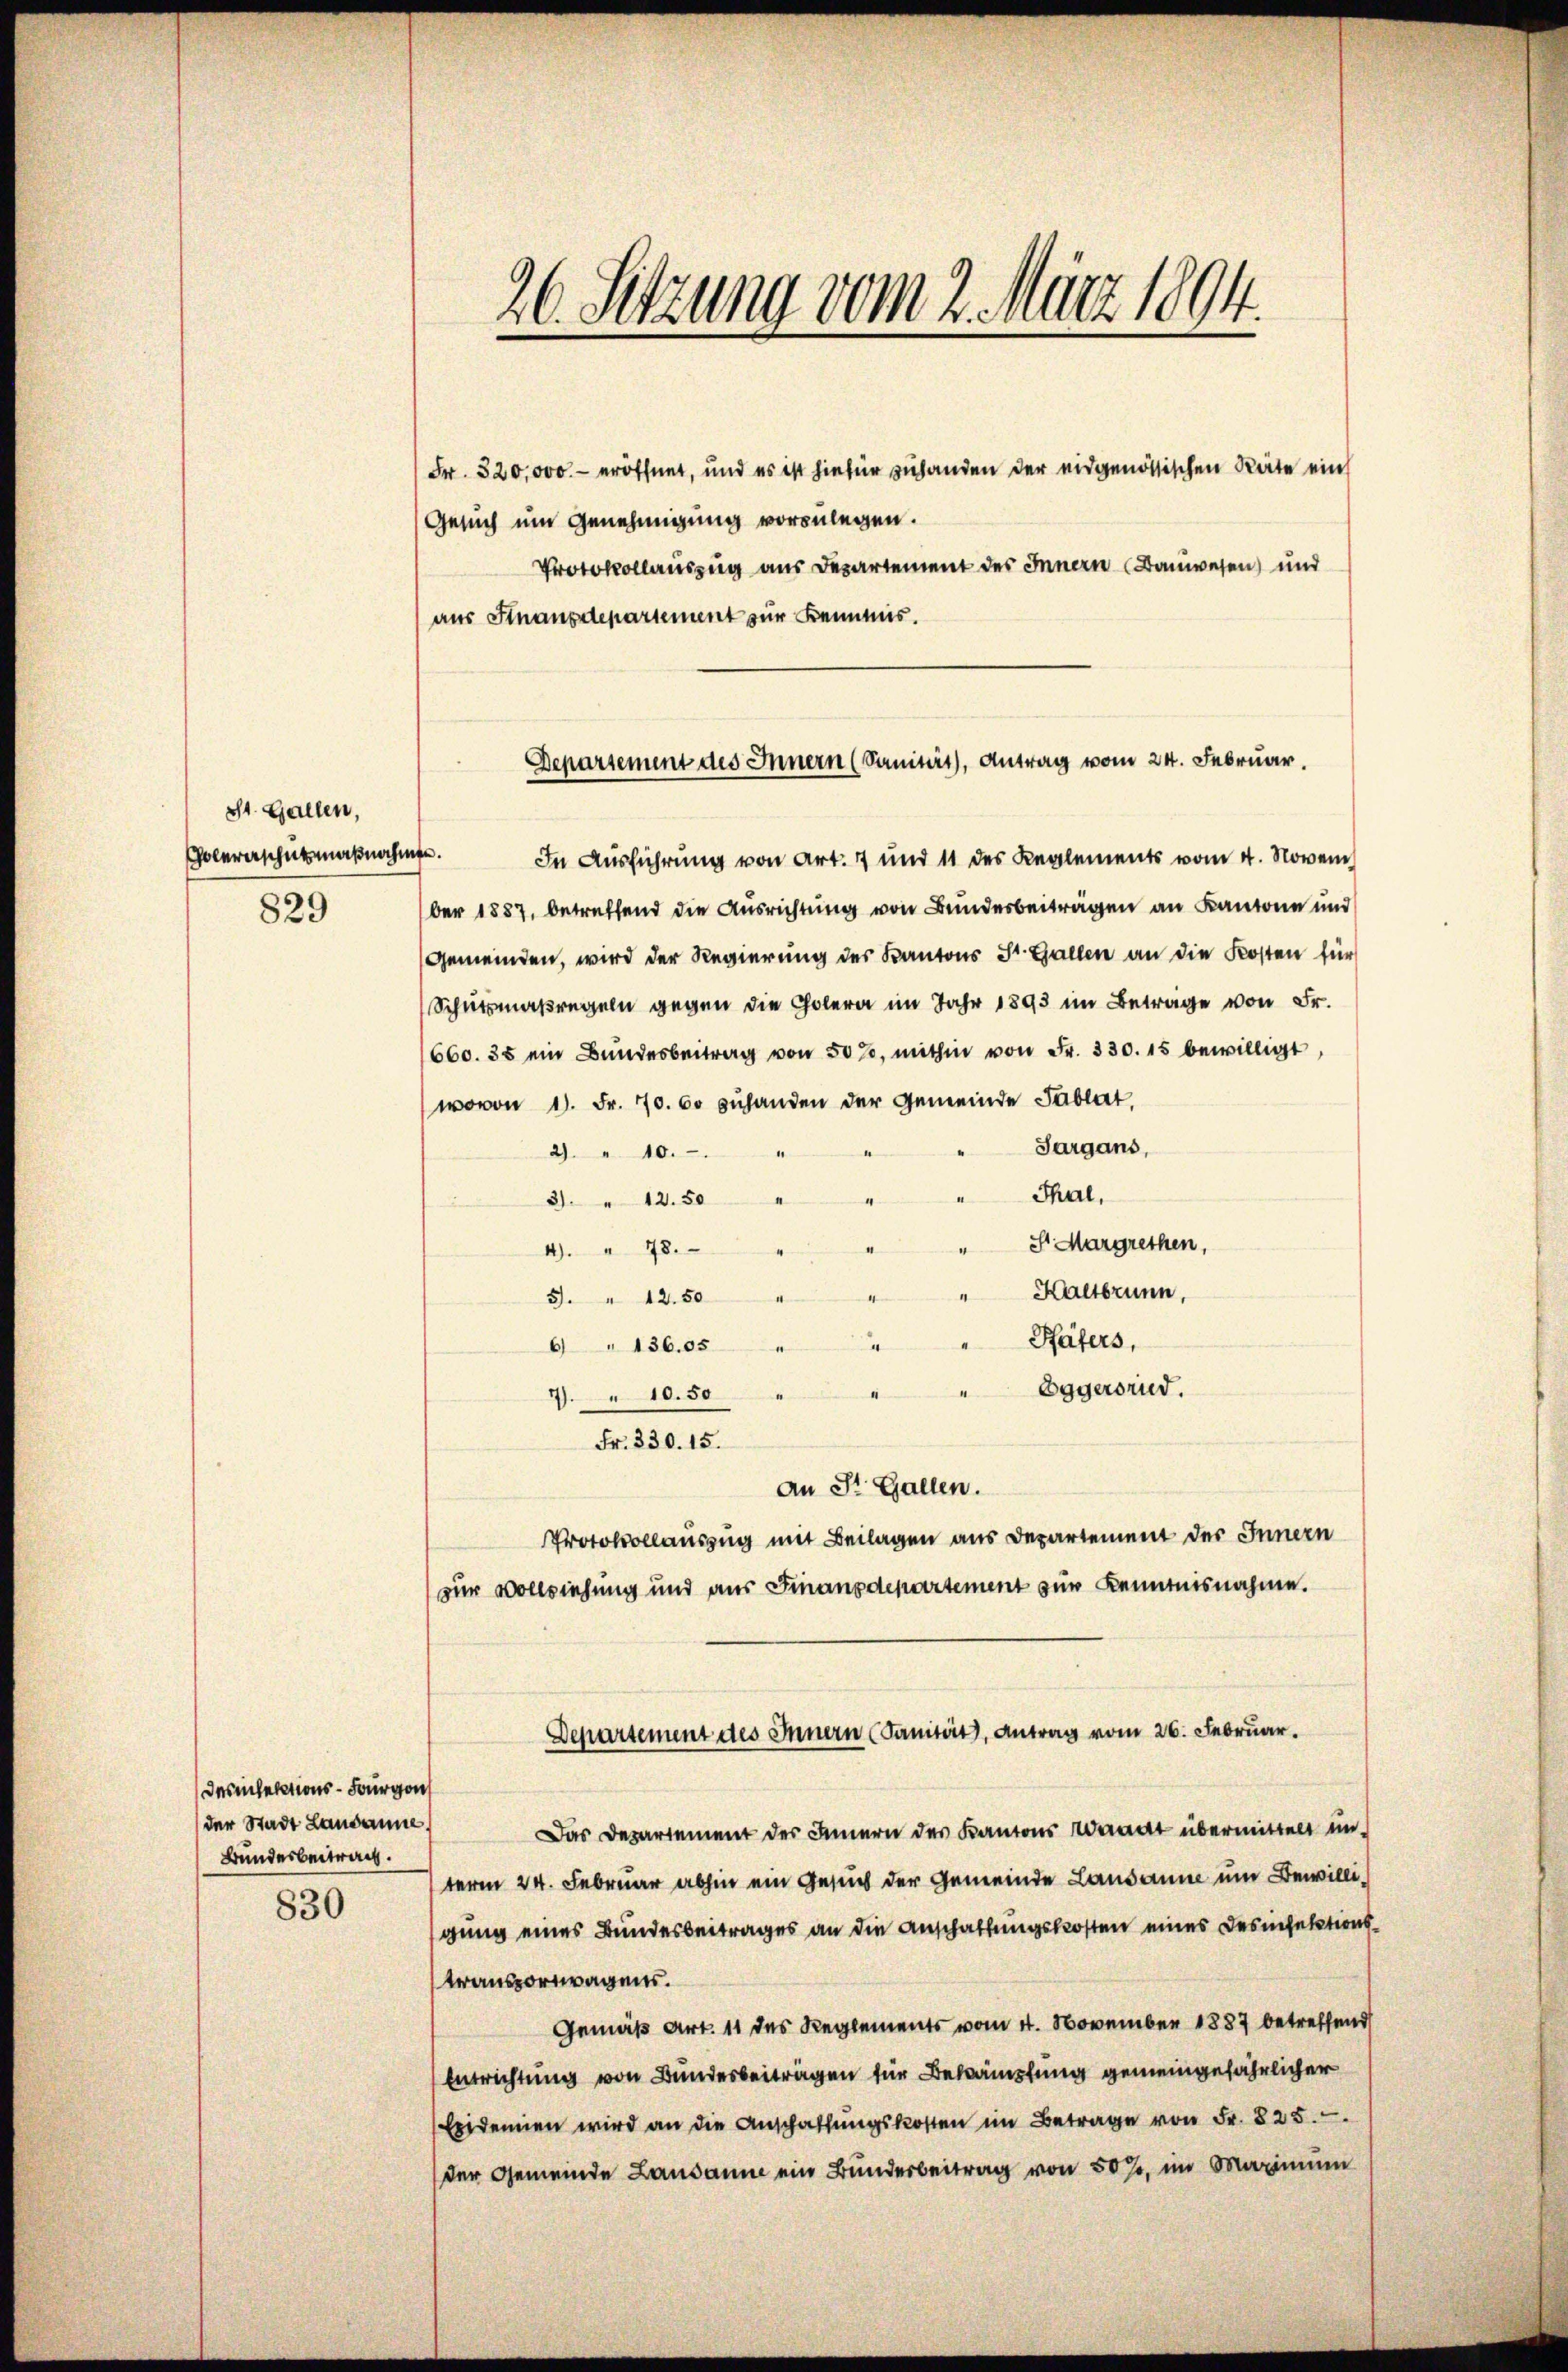
Insinsections-Fourgon
der Stadt Landamne
Bundesbeitrag.

830

sst. Gallen,
olererschutzmaßnahm
829

26. Setzung vom 2. März 1804.

Fr. 320,000.- eröffnet, und es ist hiefür zuhanden der eidgenössischen Räte ein
Gesuch um Genehmigung vorzulegen.
Protokollauszug aus Departement des Innern (Bauwesen und
aus Finanzdepartement zur Kenntnis.

Departement des Innern (Sanität, Antrag vom 24. Februar.

. In Ausführung von Art. 7 und 11 des Reglements vom 4. Novem
ber 1887, betreffend die Ausrichtung von Bundesbeiträgen an Kantone und
Gemeinden, wird der Regierung des Kantons St. Gallen an die Kosten für
Schutsmaßregeln gegen die Cholera im Jahr 1893 im Betrage von Fr.
660. 35 ein Bŭndesbeitrag von 50%, mithin von Fr. 330. 15 bewilligt,
wovon 11. Fr. 70. 60 zuhanden der Gemeinde Tablat,
Sargans,
2. " 10.
Thal,
3. " 12. 50
St Margrethen,
4). " 78.
Kaltbrunn,
5. " 12.50
Päfers,
6 " 136.05
Eggerorud.
7. " 10. 50
Fr. 330. 15.
an St. Gallen.
Protokollauszug mit Beilagen aus Departement des Innern
zur Vollziehung und aus Finanzdepartement zur Kenntnisnahme.
Departement des Innern (Sanität, Antrag vom 26. Februar.
Das Departement des Innern der Kantons Waadt übermittelt un
term 24. Februar abhin ein Gesuch der Gemeinde Lausanne um Bewilligung eines Bundesbeitrages an die Anschaffungskosten eines Desinfektionstransportwagens.
Gemäß Art. 11 des Reglements vom 4. November 1887 betreffend
Entrichtung von Bundesbeiträgen für Bekämpfung gemeingefährlicher
Epidemien wird an die Anschaffŭngskosten im Betrage von Fr. 825.
der Gemeinde Lausanne ein Bunderbeitrag von 50 J. im Maximum